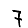
Digit: 7